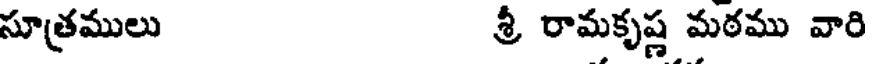
సూత్రములు శ్రీ రామకృష్ణ మఠము వారి